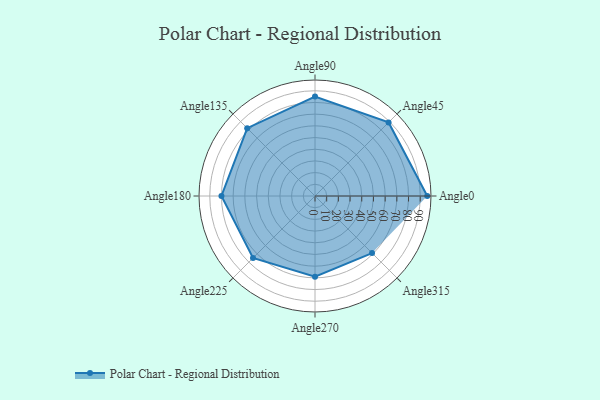
{"axis": {"x": "Angle", "y": "Radius"}, "legend": [""], "data": [{"x": "Angle0", "y": 96.0, "type": ""}, {"x": "Angle45", "y": 89.0, "type": ""}, {"x": "Angle90", "y": 85.0, "type": ""}, {"x": "Angle135", "y": 82.0, "type": ""}, {"x": "Angle180", "y": 80.0, "type": ""}, {"x": "Angle225", "y": 75.0, "type": ""}, {"x": "Angle270", "y": 69.0, "type": ""}, {"x": "Angle315", "y": 69.0, "type": ""}]}